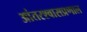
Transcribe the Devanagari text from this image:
आंतरश्वासप्रणाल